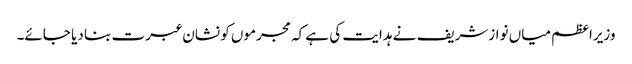
وزیراعظم میاں نوازشریف نے ہدایت کی ہے کہ مجرموں کو نشان عبرت بنا دیا جائے۔